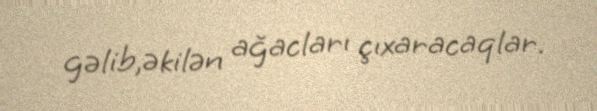
gəlib,əkilən ağacları çıxaracaqlar.